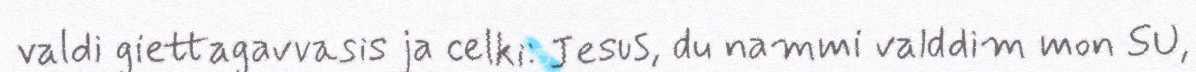
valdi giettagavvasis ja celki: Jesus, du nammi valddim mon SU,